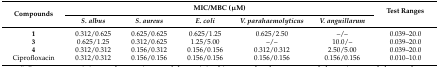
<table><thead><tr><td rowspan="2"><b>Compounds</b></td><td colspan="5"><b>MIC/MBC (μM)</b></td><td rowspan="2"><b>Test Ranges</b></td></tr><tr><td><b><i>S. albus</i></b></td><td><b><i>S. aureus</i></b></td><td><b><i>E. coli</i></b></td><td><b><i>V. parahaemolyticus</i></b></td><td><b><i>V. anguillarum</i></b></td></tr></thead><tbody><tr><td><b>1</b></td><td>0.312/0.625</td><td>0.625/0.625</td><td>0.625/1.25</td><td>0.625/2.50</td><td>–/–</td><td>0.039–20.0</td></tr><tr><td><b>3</b></td><td>0.625/1.25</td><td>0.312/0.625</td><td>1.25/5.00</td><td>–/–</td><td>10.0/–</td><td>0.039–20.0</td></tr><tr><td><b>4</b></td><td>0.312/0.312</td><td>0.156/0.312</td><td>0.156/0.156</td><td>0.312/0.312</td><td>2.50/5.00</td><td>0.039–20.0</td></tr><tr><td>Ciprofloxacin</td><td>0.312/0.312</td><td>0.156/0.156</td><td>0.156/0.156</td><td>0.156/0.156</td><td>0.156/0.156</td><td>0.010–10.0</td></tr></tbody></table>